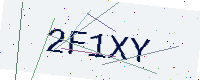
Text: 2F1XY